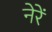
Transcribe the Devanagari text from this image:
नेरें